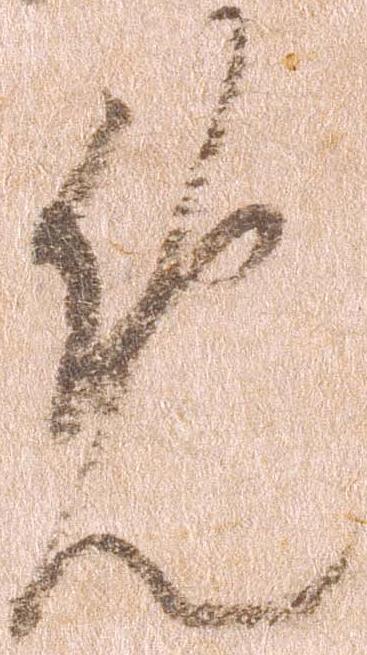
免